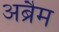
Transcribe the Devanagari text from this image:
अब्रैम